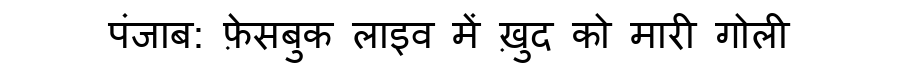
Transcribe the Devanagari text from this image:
पंजाब: फ़ेसबुक लाइव में ख़ुद को मारी गोली